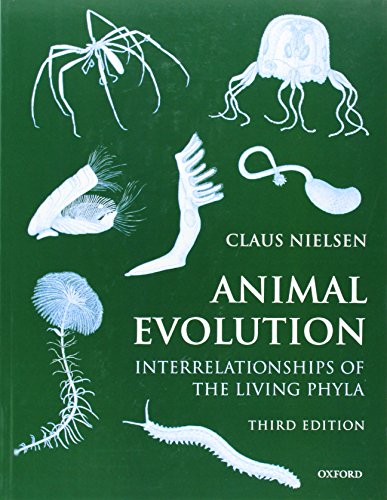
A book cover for Animal Evolution: Interrelationships of the Living Phyla; Claus Nielsen; Science & Math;